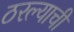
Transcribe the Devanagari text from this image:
ठरल्याची